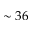
\sim 3 6